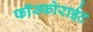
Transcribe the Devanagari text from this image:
फॉस्फोराईट